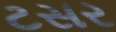
ટસર